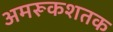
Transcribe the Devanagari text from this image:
अमरूकशतक